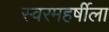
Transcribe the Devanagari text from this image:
स्वरमहर्षीला